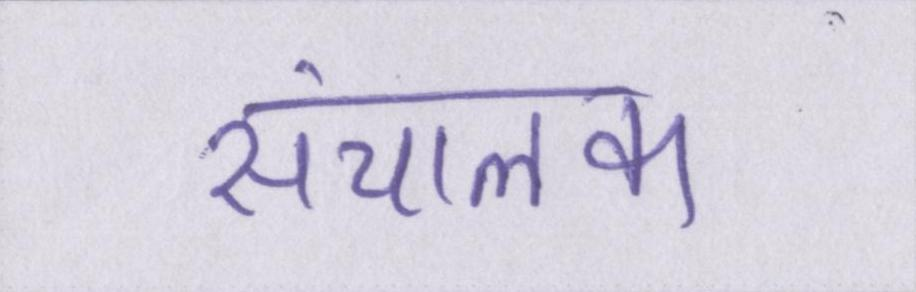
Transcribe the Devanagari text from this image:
संचालक